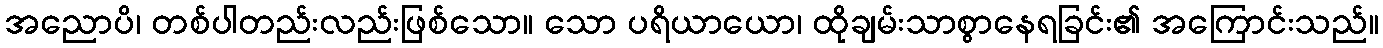
အညောပိ၊ တစ်ပါတည်းလည်းဖြစ်သော။ သော ပရိယာယော၊ ထိုချမ်းသာစွာနေရခြင်း၏ အကြောင်းသည်။